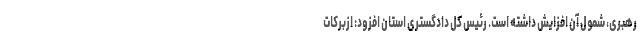
رهبری، شمول آن افزایش داشته است. رئیس کل دادگستری استان افزود: ازبرکات